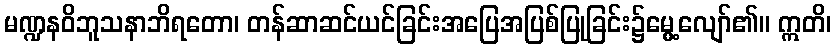
မဏ္ဍနဝိဘူသနာဘိရတော၊ တန်ဆာဆင်ယင်ခြင်းအပြေအပြစ်ပြုခြင်း၌မွေ့လျော်၏။ ဣတိ၊